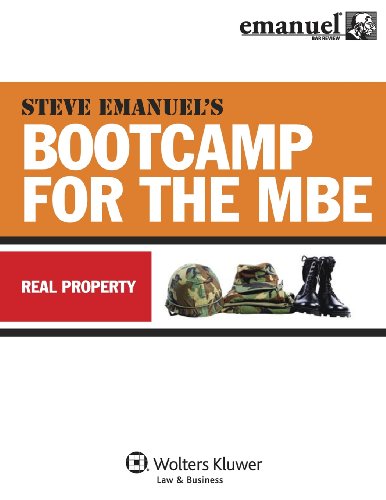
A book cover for MBE Bootcamp: Property (Bootcamp for the Mbe); Steven Emanuel; Test Preparation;